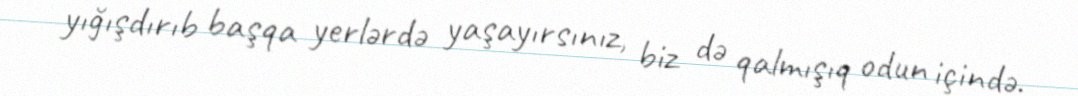
yığışdırıb başqa yerlərdə yaşayırsınız, biz də qalmışıq odun içində.